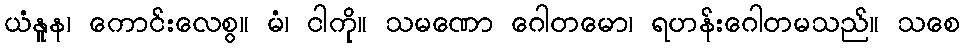
ယံနူန၊ ကောင်းလေစွ။ မံ၊ ငါကို။ သမဏော ဂေါတမော၊ ရဟန်းဂေါတမသည်။ သစေ